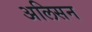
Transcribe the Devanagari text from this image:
अलिसन